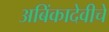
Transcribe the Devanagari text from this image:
अबिंकादेवीचे